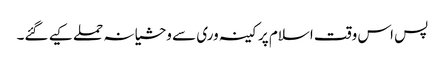
پس اس وقت اسلام پر کینہ وری سے وحشیانہ حملے کیے گئے۔